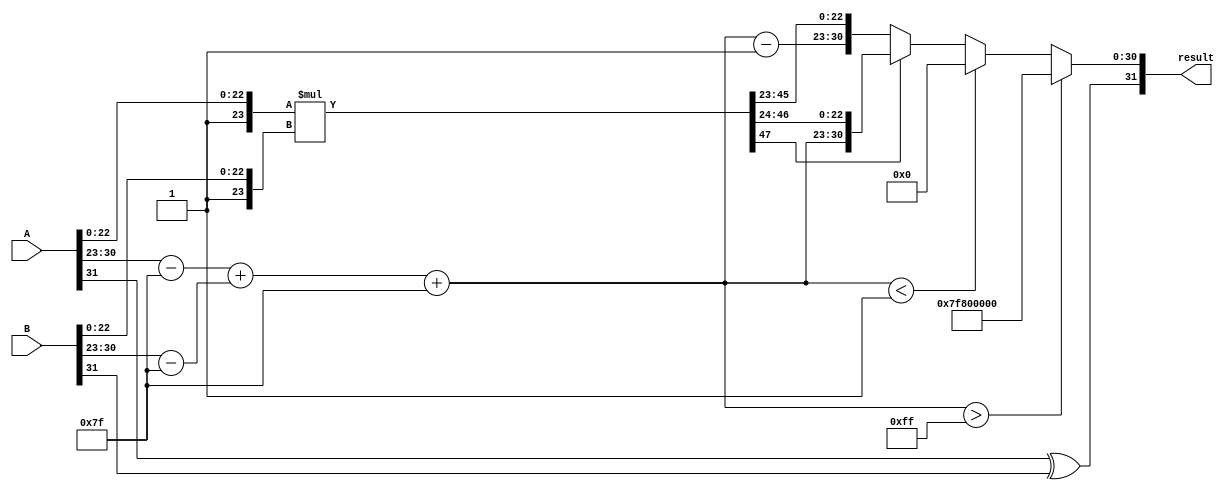
module fp_multiplier (
    input  wire [31:0] A, // First floating-point number
    input  wire [31:0] B, // Second floating-point number
    output reg  [31:0] result // Resulting floating-point number
);

    // Constants
    localparam BIAS = 8'd127;
    localparam EXPONENT_MAX = 8'b11111111; // 255
    localparam EXPONENT_MIN = 8'b00000000; // 0

    // Internal signals
    wire sign_A = A[31];
    wire sign_B = B[31];
    wire [7:0] exponent_A = A[30:23];
    wire [7:0] exponent_B = B[30:23];
    wire [22:0] mantissa_A = A[22:0];
    wire [22:0] mantissa_B = B[22:0];

    wire [23:0] mantissa_A_norm = {1'b1, mantissa_A}; // Add implicit leading 1
    wire [23:0] mantissa_B_norm = {1'b1, mantissa_B}; // Add implicit leading 1

    // Sign of the result
    wire result_sign = sign_A ^ sign_B;

    // Exponent calculation
    wire [7:0] exponent_sum = (exponent_A - BIAS) + (exponent_B - BIAS) + BIAS;
    wire [7:0] result_exponent;

    // Mantissa multiplication
    wire [47:0] mantissa_product = mantissa_A_norm * mantissa_B_norm; // 24 * 24 = 48 bits

    // Normalization
    always @(*) begin
        if (exponent_sum > EXPONENT_MAX) begin
            // Overflow: set to infinity
            result_exponent = EXPONENT_MAX;
            result = {result_sign, result_exponent, 23'b0}; // Set mantissa to 0
        end else if (exponent_sum < 8'd1) begin
            // Underflow: set to zero
            result_exponent = 8'b0;
            result = {result_sign, result_exponent, 23'b0}; // Set mantissa to 0
        end else begin
            // Normalization process
            if (mantissa_product[47]) begin
                // Already normalized
                result_exponent = exponent_sum;
                result = {result_sign, result_exponent, mantissa_product[46:24]};
            end else begin
                // Shift right to normalize
                result_exponent = exponent_sum - 1; // Decrement exponent
                result = {result_sign, result_exponent, mantissa_product[45:23]};
            end
        end
    end

endmodule